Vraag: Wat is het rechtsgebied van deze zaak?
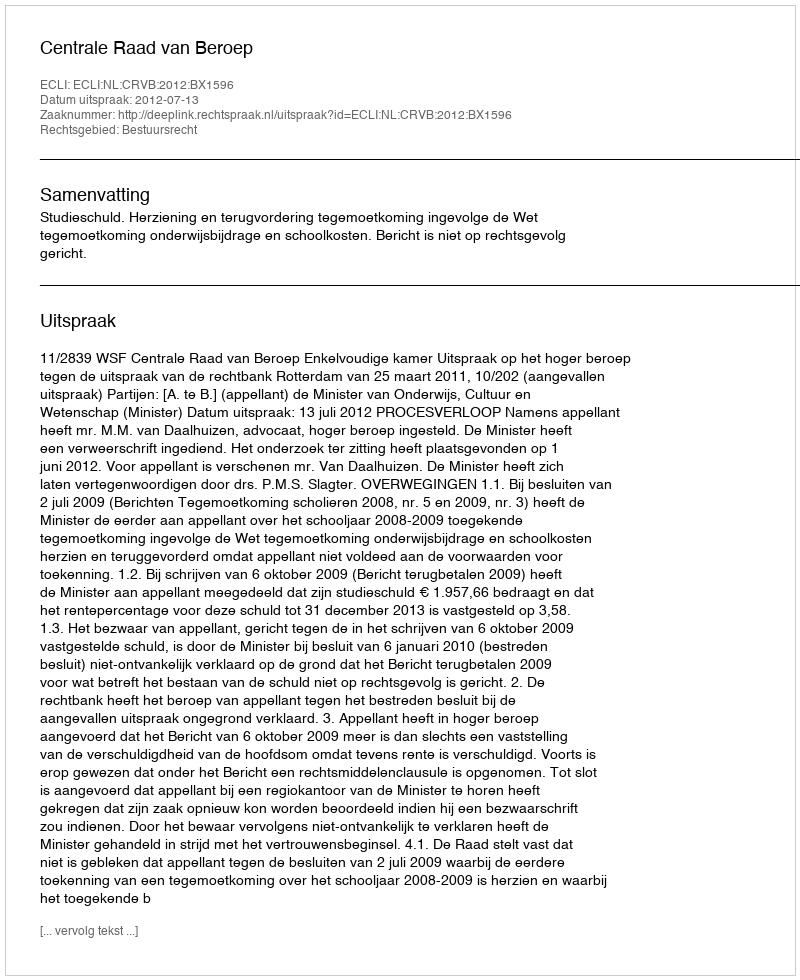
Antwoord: Bestuursrecht